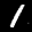
Label: 1